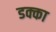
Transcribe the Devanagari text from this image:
डक्का